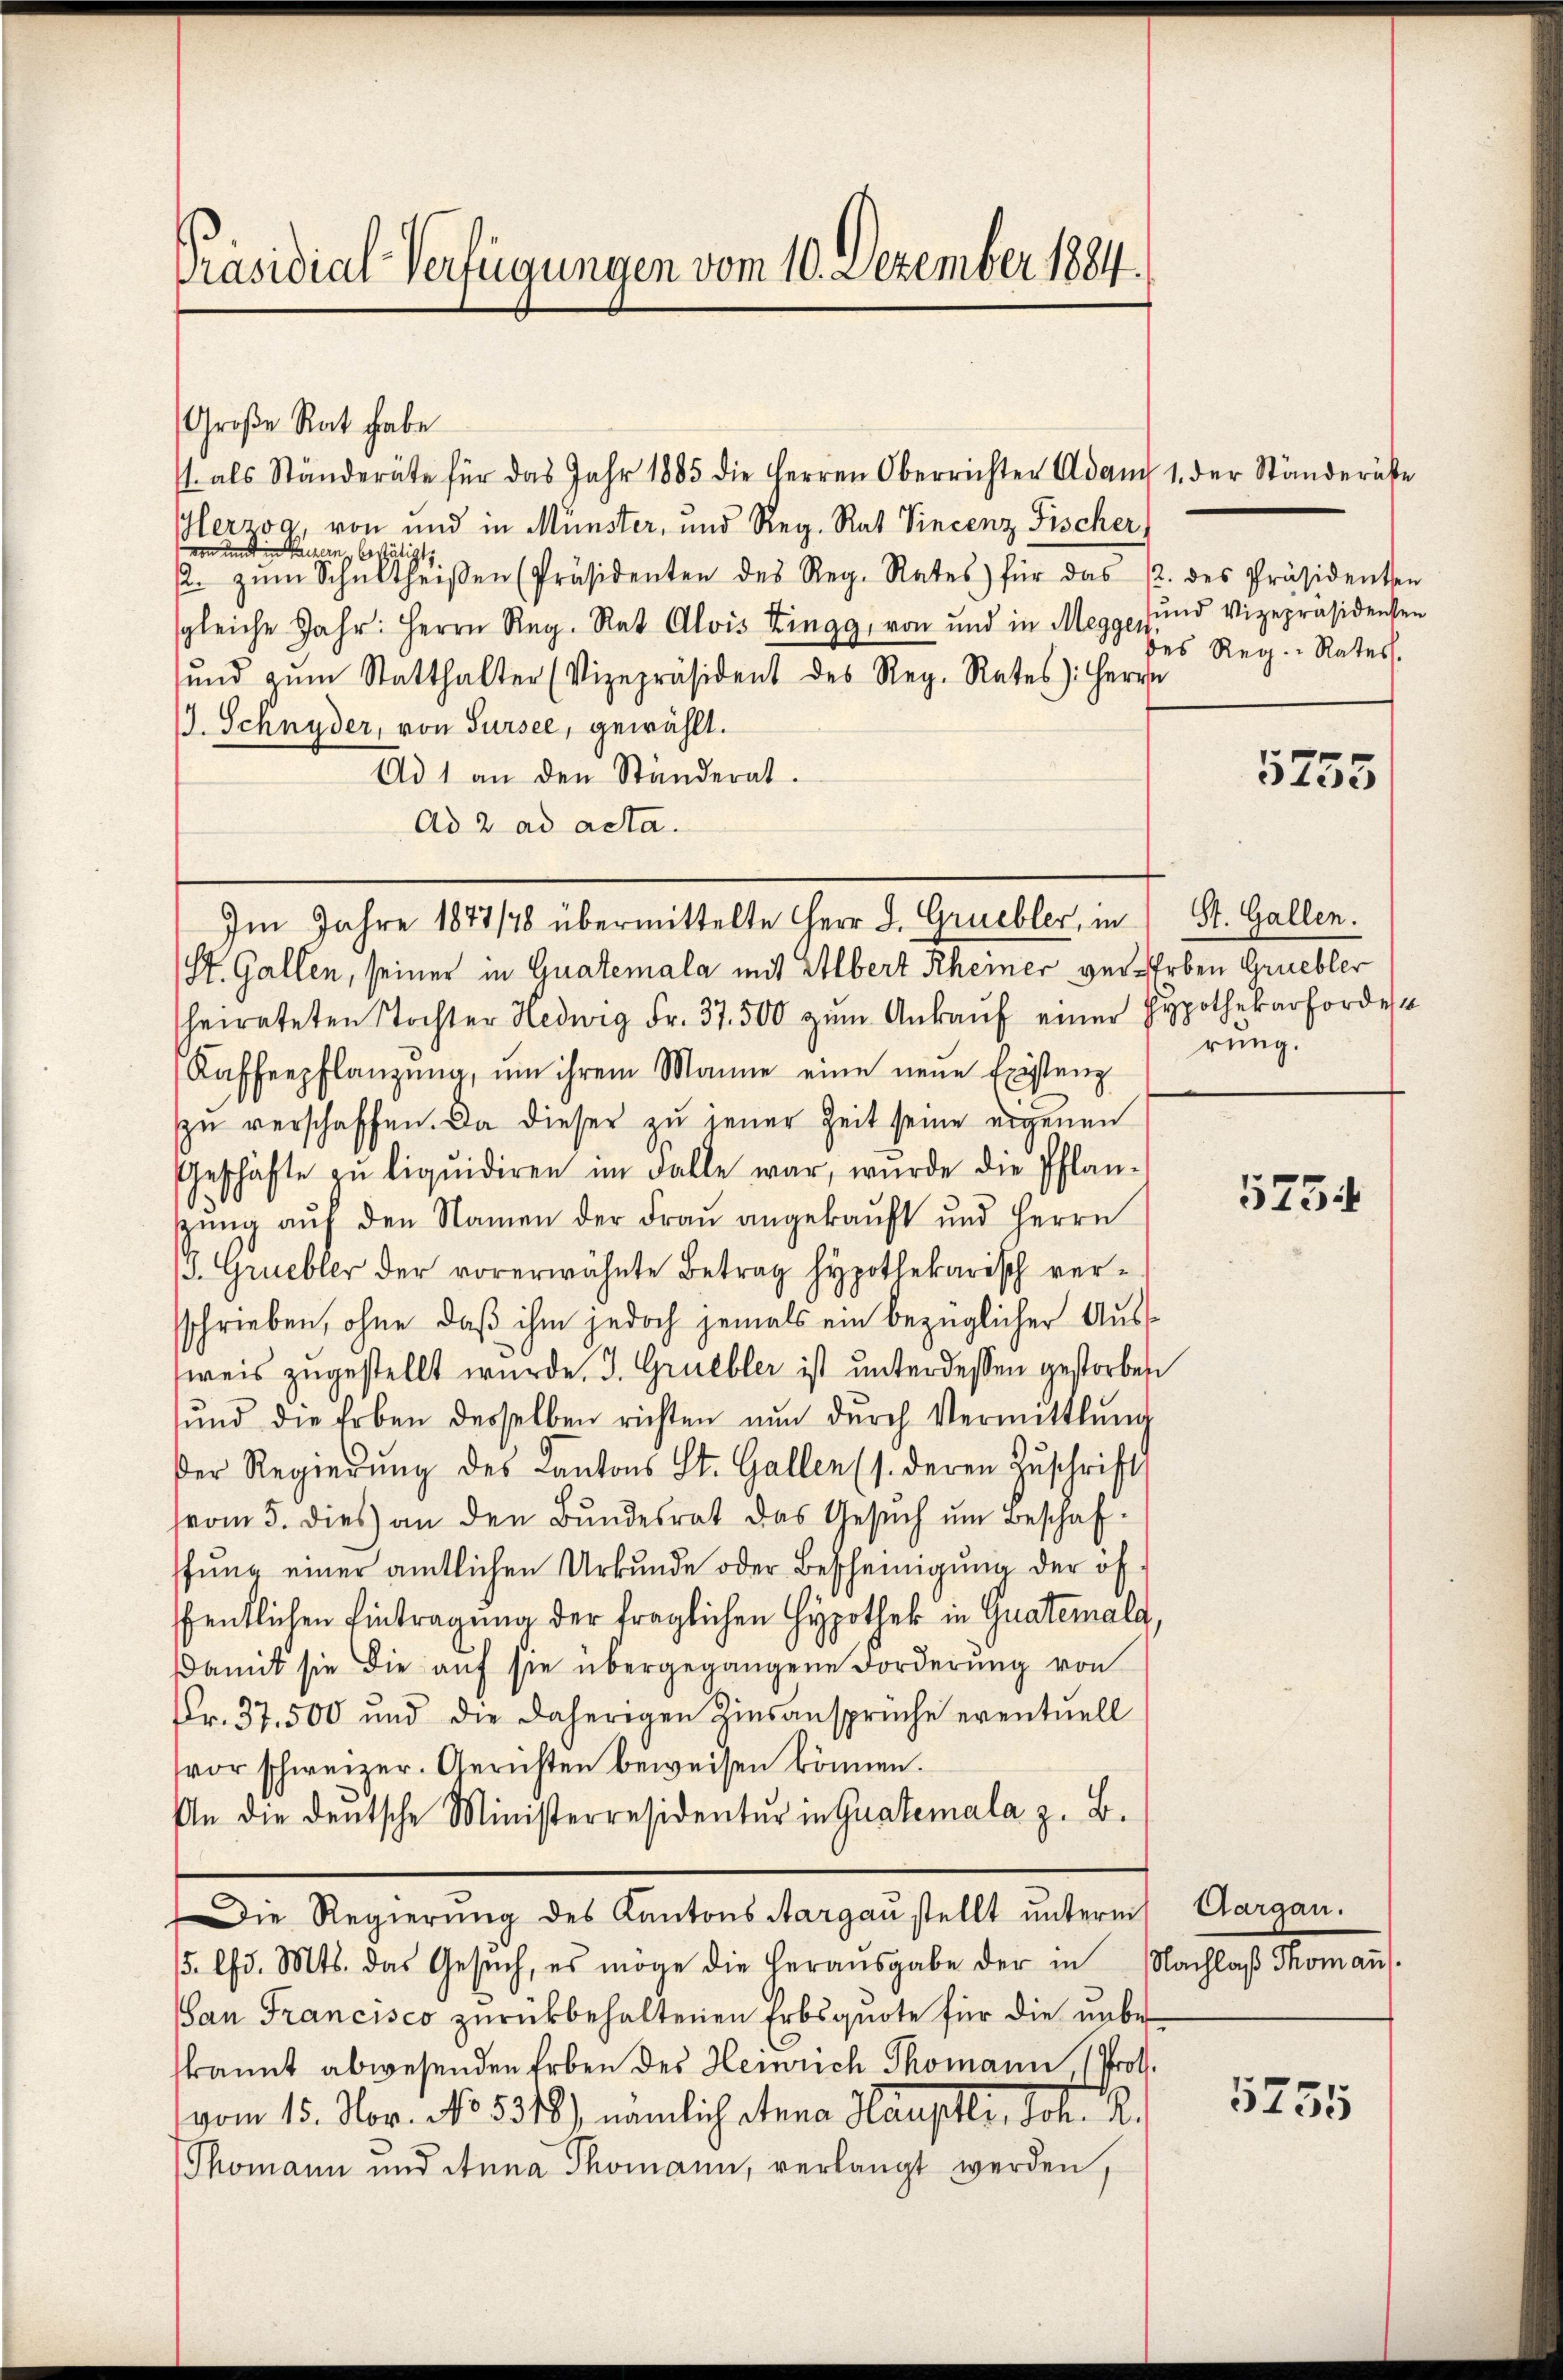
Präsidial-Verfügungen vom 10. Dezember 1884.

Große Rat habe
/. als Ständeräte für das Jahr 1885 die Herren Oberrichter Adam 1. der Ständeräte
Herzog, von und in Münster, und Reg. Rat Vincenz Fischer,
von und in Parzern, bestätigt
2. zŭm Schultheiβen (Präsidenten des Reg. Rates) für das 12. des Präsidenten
sgleiche Jahr: Herrn Reg. Rat Alois Zingg, von und in Megge, und Vizepräsidenten
ŭnd zŭm Statthalter (Vizepräsident des Reg. Rates): Herrn
J. Schnyder, von Sursee, gewählt.
Ad 1 an den Ständerat.
Ad 2. ad acta.
St. Gallen, seiner in Guatemala mit Albert Rheiner ver-Erben Gruebler
heirateten Stochter Hedwig Fr. 37. 500 zŭm Ankaŭf einer Hypothekarfordest
Kaffenpflanzŭng, um ihrem Manne eine neŭe Existenz
zŭ verschaffen. Da dieser zŭ jener Zeit seine eigenen
Geschäfte zŭ liquidiren im Falle war, wurde die Pflan-
gŭng aŭf den Namen der Fraŭ angekaŭft und Herrn
J. Gruebler der vorerwähnte Betrag hypothekarisch versschrieben, ohne daß ihm jedoch jemals ein bezüglicher Ausweis zugestellt wurde, J. Gruebler ist unterdessen gestorben
ŭnd die Erben desselben richten nŭn dŭrch Vermittlung
der Regierŭng des Kantons St. Gallen (s. deren Zŭschrift
(vom 5. dies an den Bŭndesrat das Gesŭch ŭm Beschaf-
ffung einer amtlichen Urkunde oder Bescheinigung der öf
ffentlichen Eintragung der fraglichen Hypothek in Quatemals,
Damit sie die auf sie übergegangene Forderung von
Fr. 37. 500 und die daherigen Zinsansprüche eventuell
vor schweizer. Gerichten beweisen können.
An die deutsche Ministerresidentŭr in Guatemala z. B.
Die Regierung des Kantons Aargau stellt unterm Aargau.
5. lfd. Mts. das Gesŭch, es möge die herausgabe der in
San Francisco zurückbehaltenen Erbsquote für die unbe
kannt abwesenden Erben des Heinrich Thomann 1 Prof.
vom 15. Nor. No. 5318), nämlich etwa Haupter, Joh. R.
Thomann und Anna Thomann, verlangt werden,

Im Jahre 1877/78 übermittelte Herr L. Gruebler, in St. Gallen.

des Reg.-Rates.

5753

rung.

5754

Nachlaß Thomann.

5755